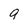
Character: g